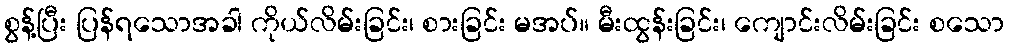
စွန့်ပြီး ပြန်ရသောအခါ ကိုယ်လိမ်းခြင်း၊ စားခြင်း မအပ်။ မီးထွန်းခြင်း၊ ကျောင်းလိမ်းခြင်း စသော